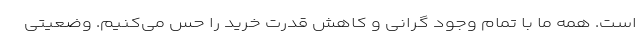
است. همه ما با تمام وجود گرانی و کاهش قدرت خرید را حس می‌کنیم. وضعیتی